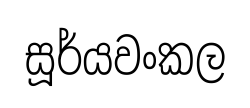
සූර්යවංකල